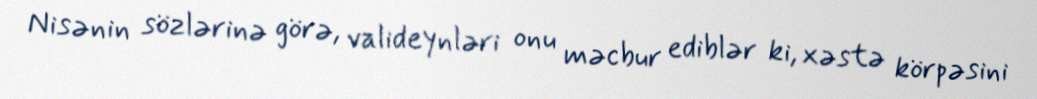
Nisənin sözlərinə görə, valideynləri onu məcbur ediblər ki, xəstə körpəsini